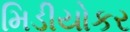
મિડીયોકર